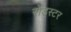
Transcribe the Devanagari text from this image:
रोड्स्टर